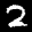
Label: 2